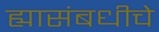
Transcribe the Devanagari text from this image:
ह्यासंबधीचे